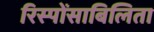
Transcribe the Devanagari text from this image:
रिस्पोंसाबिलिता